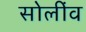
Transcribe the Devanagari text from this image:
सोलींव